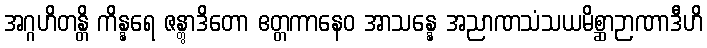
အဂ္ဂဟိတန္တိ ကိန္နရေ ဇန္တွာဒိတော ဧတ္တကာနေဝ အာသန္နေ အညာဏသံသယမိစ္ဆာဉာဏာဒီဟိ